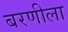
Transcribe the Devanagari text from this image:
बरणीला